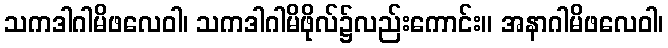
သကဒါဂါမိဖလေဝါ၊ သကဒါဂါမိဖိုလ်၌လည်းကောင်း။ အနာဂါမိဖလေဝါ၊